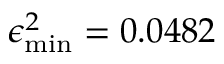
\epsilon _ { \mathrm { m i n } } ^ { 2 } = 0 . 0 4 8 2